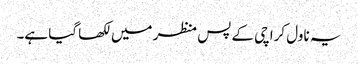
یہ ناول کراچی کے پس منظر میں لکھا گیا ہے۔